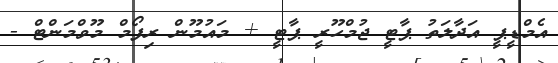
އެމްޑީޕީ އަދާލަތު ޕާޓީ ޖުމްހޫރީ ޕާޓީ + މައުމޫން ރިފޯމް މޫވްމަންޓް -